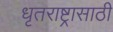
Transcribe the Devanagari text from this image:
धृतराष्ट्रासाठी